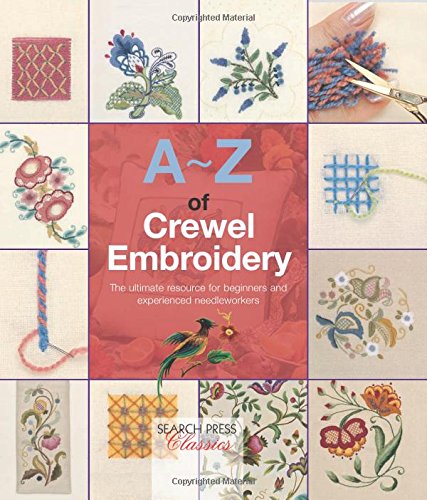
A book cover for A-Z of Crewel Embroidery (A-Z of Needlecraft); Crafts, Hobbies & Home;